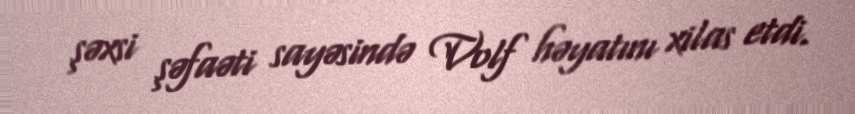
şəxsi şəfaəti sayəsində Volf həyatını xilas etdi.